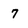
Character: 7